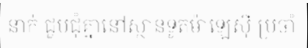
នាក់ ជួបជុំគ្នានៅស្ថានទូតម៉ាឡេស៊ី ប្រចាំ